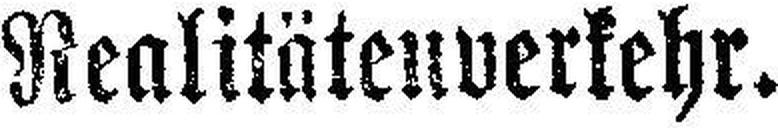
Realitätenverkehr.